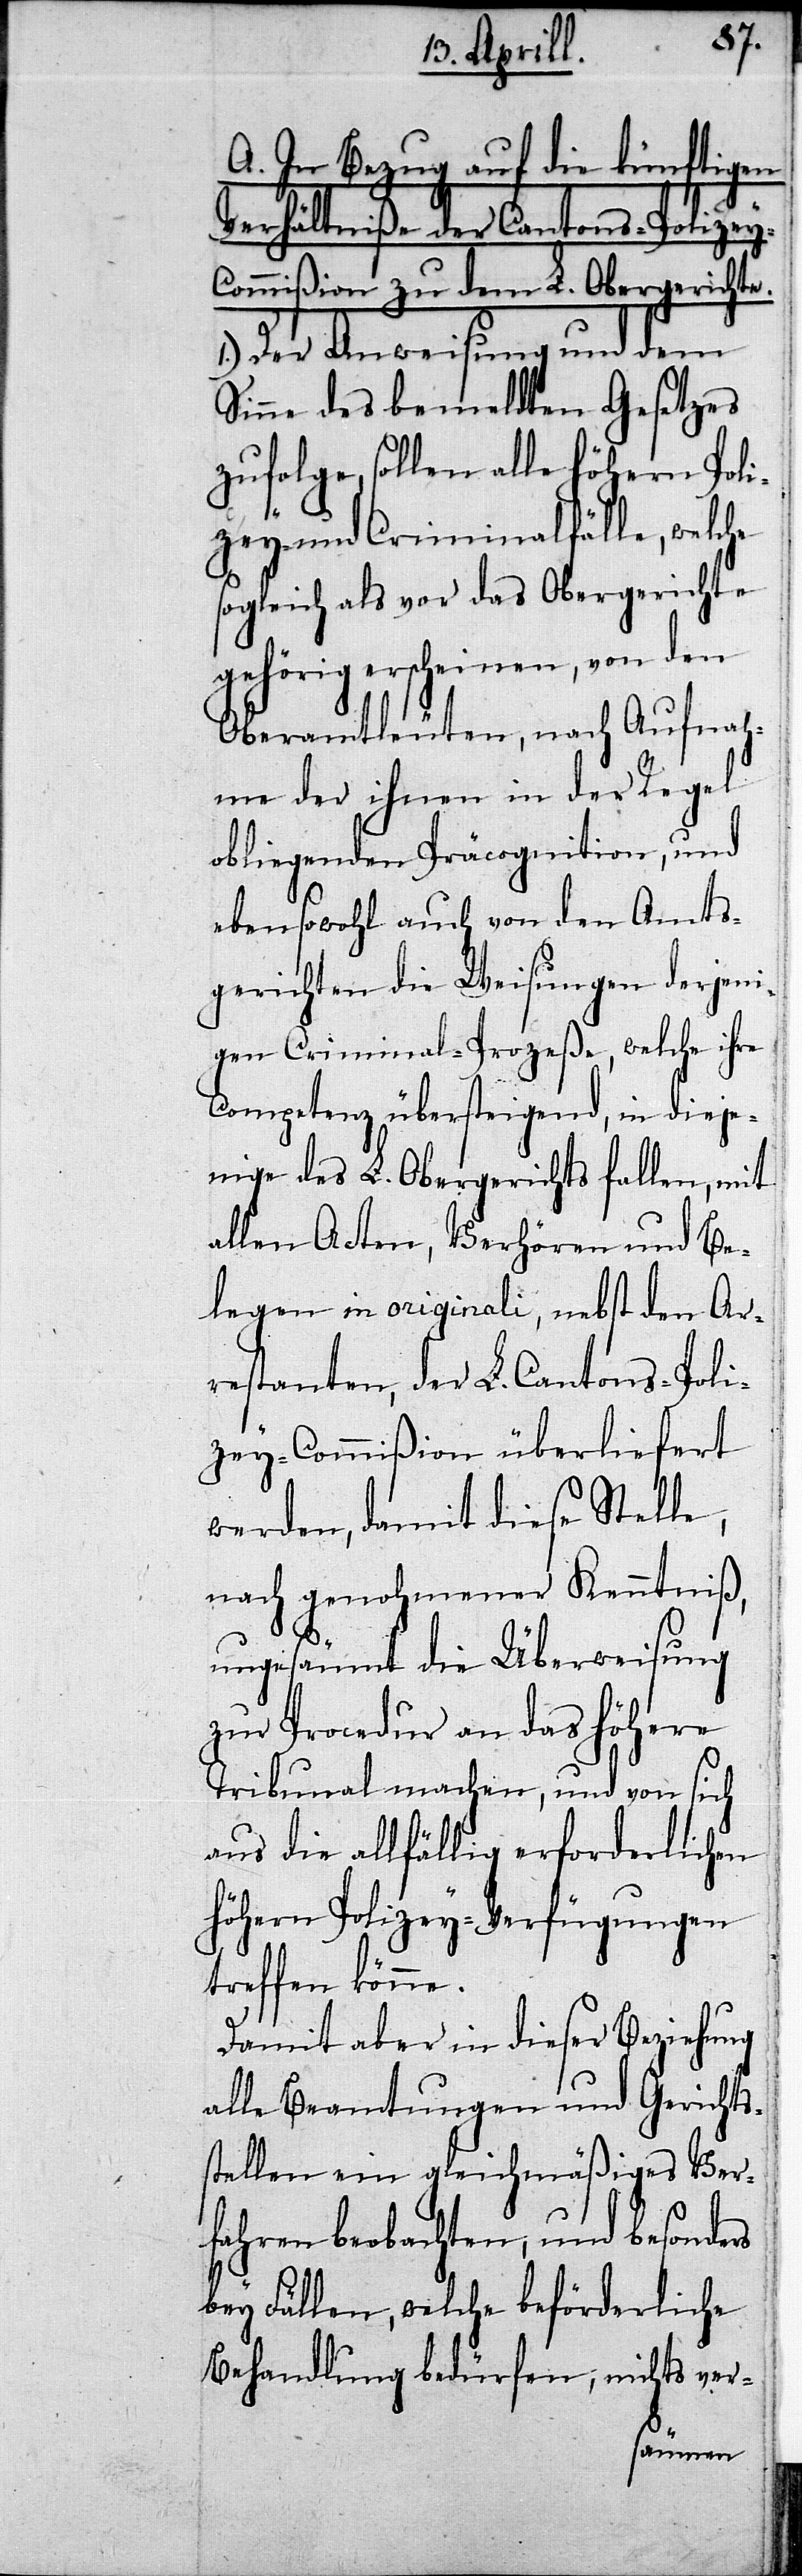
he
A. In Bezug auf die künftigen
Verhältniße der Cantons-Polize¬
ommißion zu dem L. Obergericht¬
1.) Der Anweisung und dem
Sinne des bemeldten Gesetzes
zufolge, sollen alle höhern Pol¬
izey- und Criminalfälle, welc¬
sogleich als vor das Obergerichte
gehörig erscheinen, von den
Oberamtleuten, nach Aufnah¬
me der ihnen in der Regel
obliegenden Präcognition, und
ebensowohl auch von den Amts¬
gerichten die Weisungen derjen¬
igen Criminal-Prozeße, welche ihre
Competenz übersteigend, in dieje¬
nige des L. Obergerichts fallen, mit
allen Acten, Verhören und Be¬
legen in originali, nebst den Ar¬
restanten, der L. Cantons-Poli¬
zey-Commißion überliefert
werden, damit diese Stelle,
nach genohmener Kenntniß,
ungesäumt die Überweisung
zur Procedur an das höhere
Tribunal machen, und von sich
aus die allfällig erforderlichen
höhern Polizey-Verfügungen
treffen könne.
Damit aber in dieser Beziehung
alle Beamtungen und Gerichts¬
stellen ein gleichmäßiges Ver¬
fahren beobachten, und besonders
bey Fällen, welche beförderliche
Behandlung bedürfen, nicht ver-